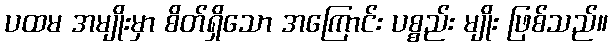
ပထမ အမျိုးမှာ စိတ်ရှိသော အကြောင်း ပစ္စည်း မျိုး ဖြစ်သည်။